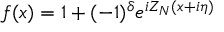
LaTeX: f ( x ) = 1 + ( - 1 ) ^ { \delta } e ^ { i Z _ { N } ( x + i \eta ) }